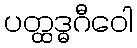
ပတ္ထဒ္ဓဂီဝေါ